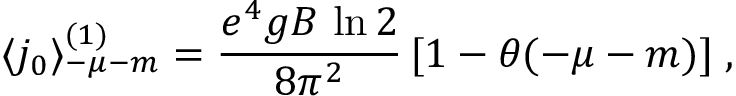
\langle j _ { 0 } \rangle _ { - \mu - m } ^ { ( 1 ) } = \frac { e ^ { 4 } g B \, \ln 2 } { 8 \pi ^ { 2 } } \, [ 1 - \theta ( - \mu - m ) ] \; ,